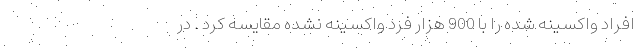
افراد واکسینه شده را با 900 هزار فرد واکسینه نشده مقایسه کرد . در